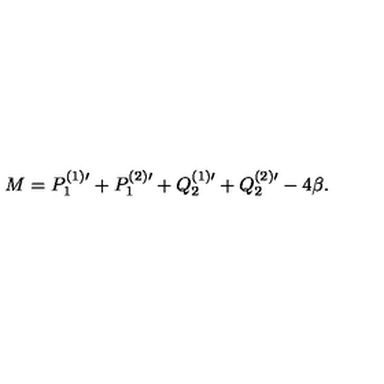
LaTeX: M = P _ { 1 } ^ { ( 1 ) \prime } + P _ { 1 } ^ { ( 2 ) \prime } + Q _ { 2 } ^ { ( 1 ) \prime } + Q _ { 2 } ^ { ( 2 ) \prime } - 4 \beta .